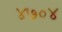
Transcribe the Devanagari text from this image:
४७०४